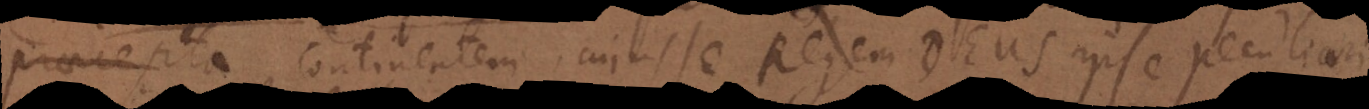
praecepta continentem cujus se Regem Deus ipse peculiari